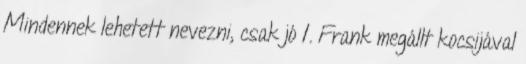
Mindennek lehetett nevezni, csak jó 1. Frank megállt kocsijával